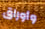
وأوراق